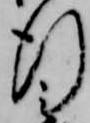
行